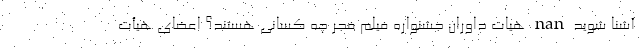
آشنا شوید nan هیات داوران جشنواره فیلم فجر چه کسانی هستند؟ اعضای هیأت